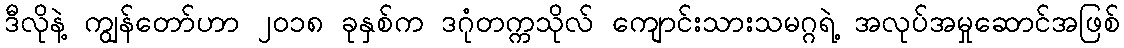
ဒီလိုနဲ့ ကျွန်တော်ဟာ ၂၀၁၈ ခုနှစ်က ဒဂုံတက္ကသိုလ် ကျောင်းသားသမဂ္ဂရဲ့ အလုပ်အမှုဆောင်အဖြစ်